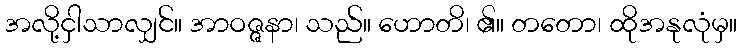
အလို့ငှါသာလျှင်။ အာဝဇ္ဇနာ၊ သည်။ ဟောတိ၊ ၏။ တတော၊ ထိုအနုလုံမှ။